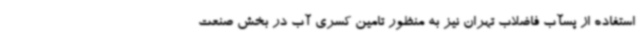
استفاده از پسآب فاضلاب تهران نیز به منظور تامین کسری آب در بخش صنعت